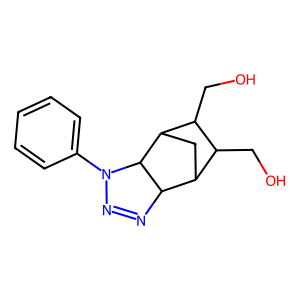
SMILES: OCC1C(CO)C2CC1C1N=NN(c3ccccc3)C21
Inhibits HIV replication: No